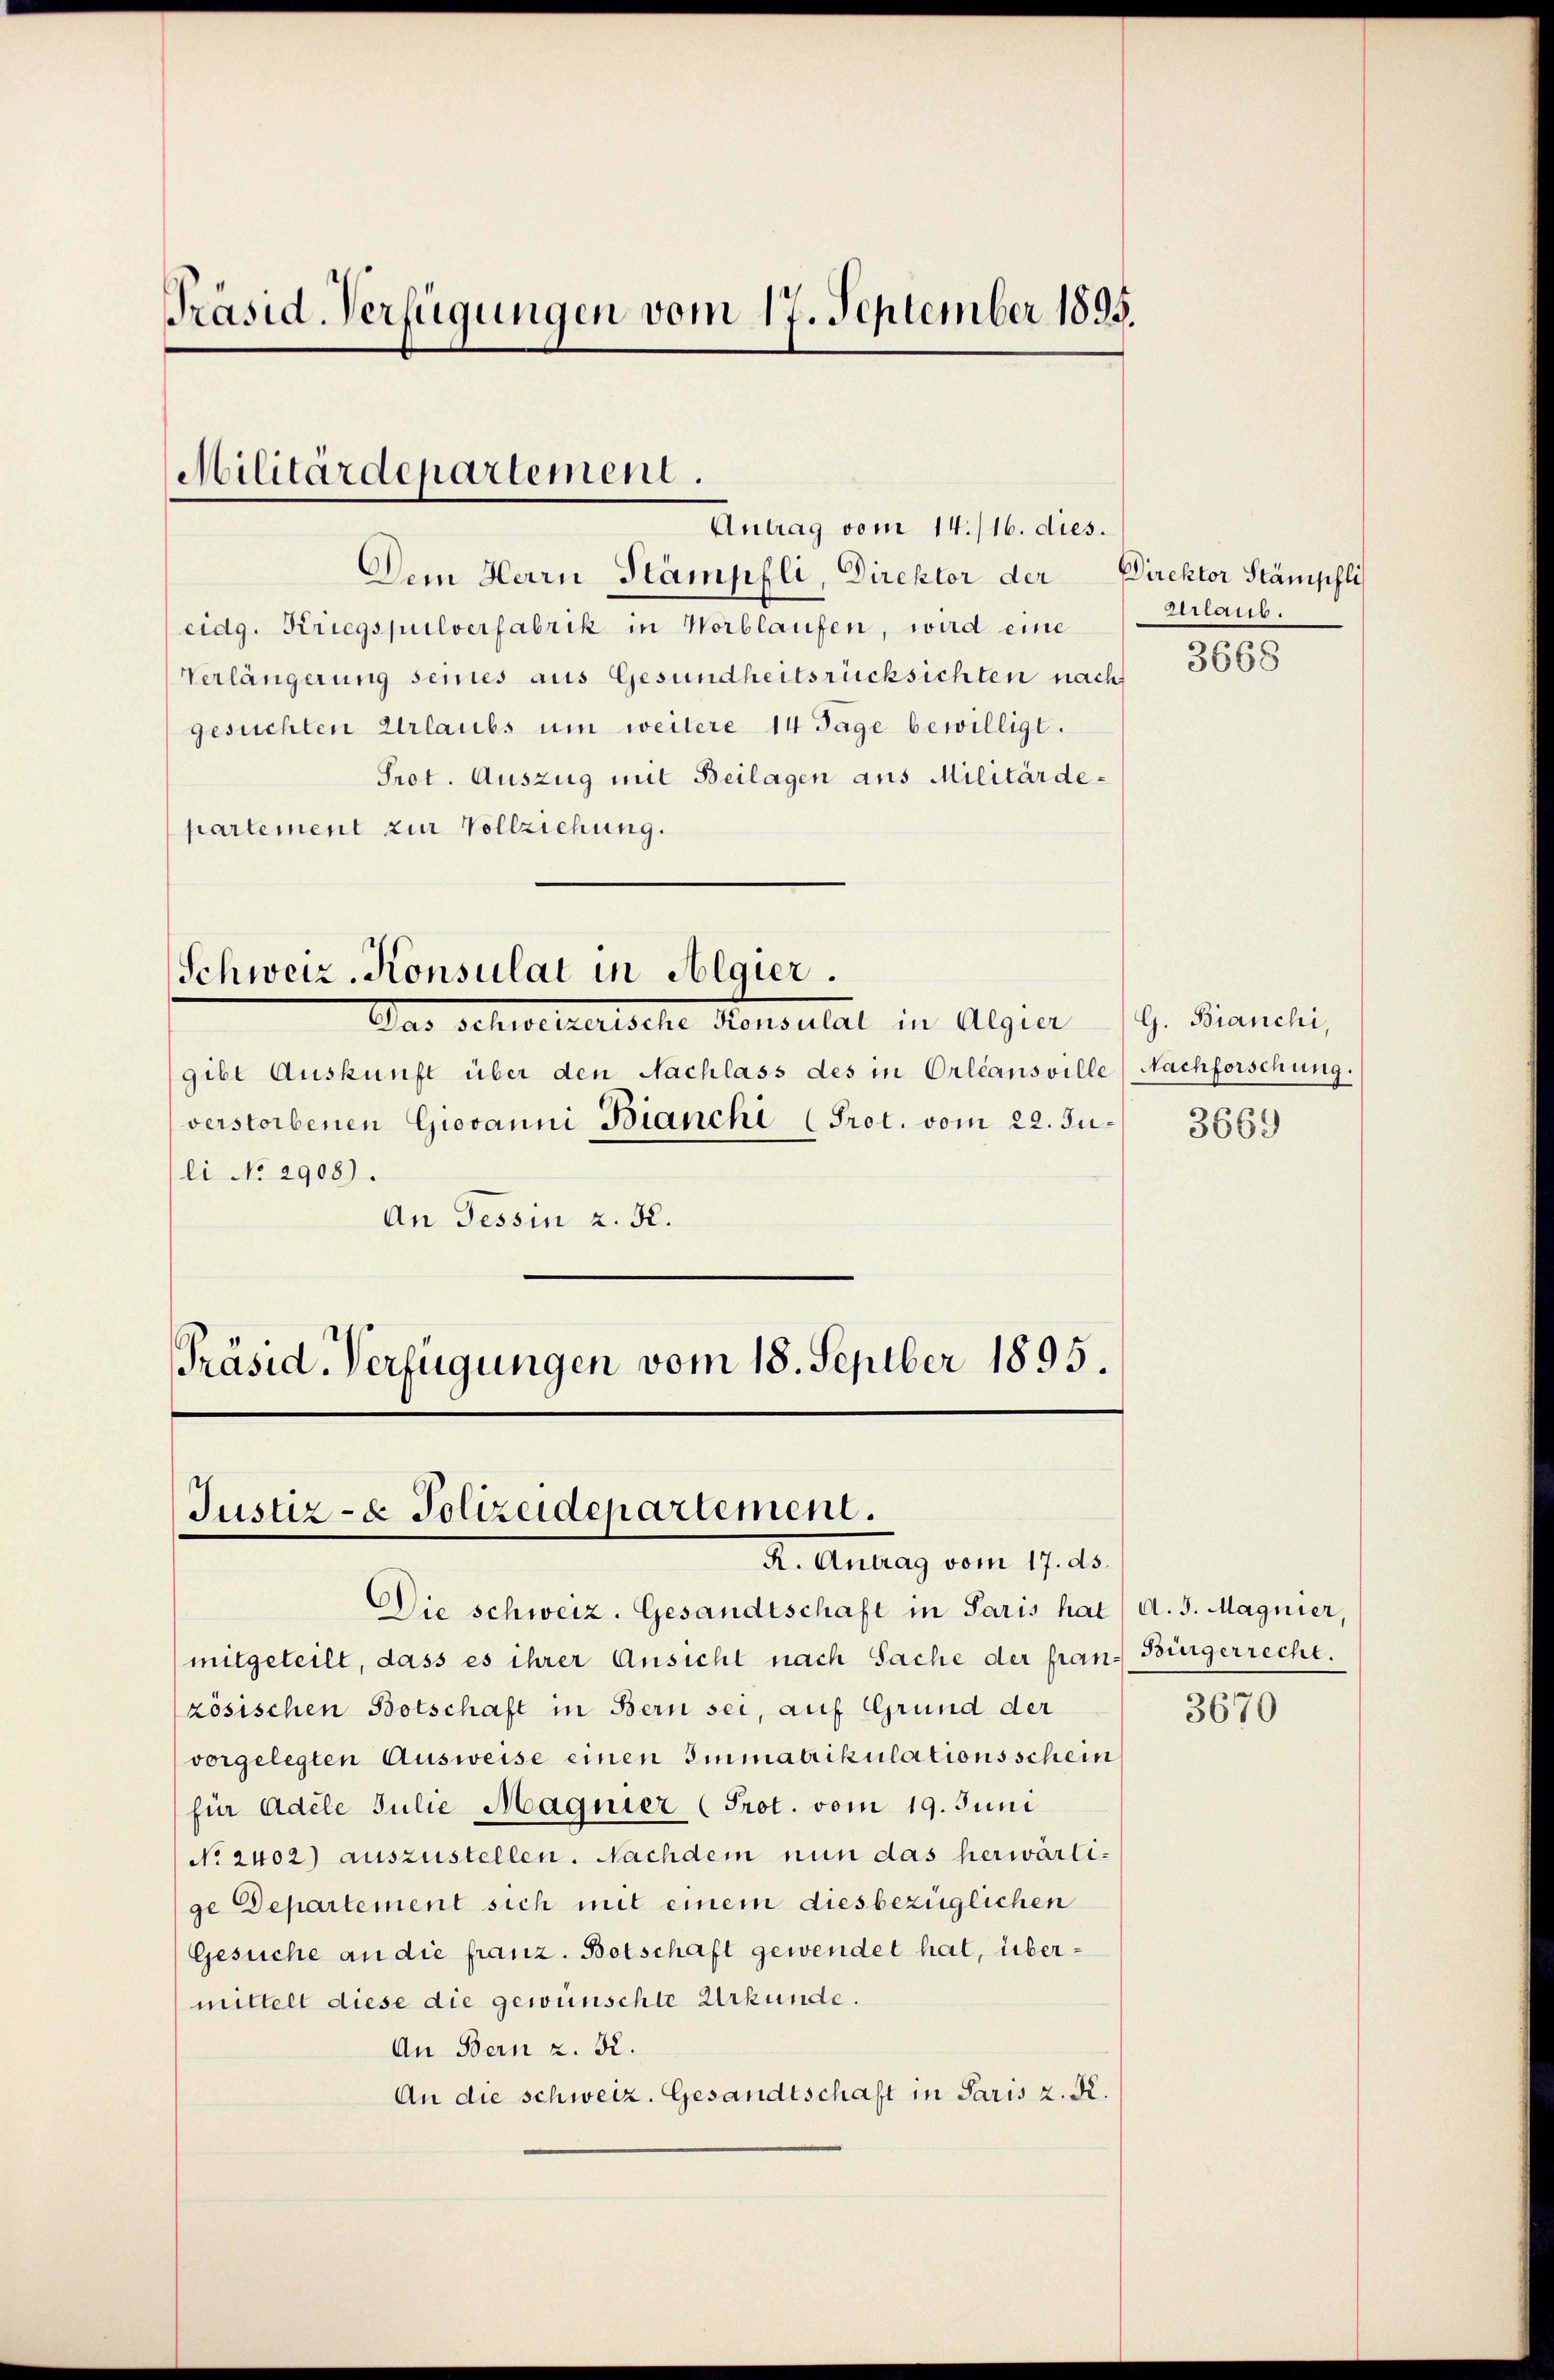
Präsid. Verfügungen vom 17. September 1895.

Militärdepartement.
Antrag vom 14./16. dies.

Dem Herrn Stämpfli, Direktor der
eidg. Kriegspulverfabrik in Worblaufen, wird eine
Verlängerung seines aus Gesundheitsrücksichten nach
gesuchten Urlaubs um weitere 14 Tage bewilligt.
Prot. Auszug mit Beilagen aus Militärdepartement zur Vollziehung.

Schweiz. Konsulat in Algier.
Das schwellettsche Konsulat in Algier

gibt Auskunft über den Nachlass des in Orleansville Nachforschung.
verstorbenen Giovanni Bianchi (Prot. vom 22. Ju. 3669
li No 2908).
An Tessin z. R.

Präsid. Verfügungen vom 18. Septber 1895.
Justiz- & Polizeidepartement.
A. Antrag vom 17. ds.

Die schweiz. Gesandtschaft in Paris hat
mitgeteilt, dass es ihrer Ansicht nach Sache der fran- Bürgerrecht.
zösischen Botschaft in Bern sei, auf Grund der
vorgelegten Ausweise einen Immatrikulationsschein
für Adele Julie Magnier (Prot. vom 19. Juni
No. 2402) auszustellen. Nachdem nun das herwärtige Departement sich mit einem diesbezüglichen
Gesuche an die franz. Botschaft gewendet hat, übermittelt diese die gewünschte Urkunde.
An Bern z. K.
An die schweiz. Gesandtschaft in Paris z. R.

Direktor Stänischli
Erlaub.

G. Bianchi,

3668

A. J. Magnier,

3670